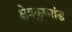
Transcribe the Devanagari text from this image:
क्षेत्रकुष्मांड